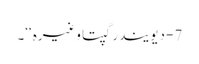
7- دیویندر گپتا وغیرہ‘‘۔